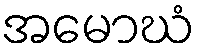
အမောဃံ